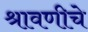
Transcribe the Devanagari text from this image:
श्रावणीचे